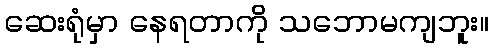
ဆေးရုံမှာ နေရတာကို သဘောမကျဘူး။